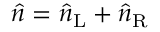
\hat { n } = \hat { n } _ { \mathrm { L } } + \hat { n } _ { \mathrm { R } }